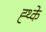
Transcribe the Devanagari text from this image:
ह्थ्के